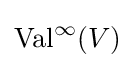
\operatorname {Val} ^{\infty }(V)